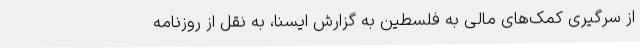
از سرگیری کمک‌های مالی به فلسطین به گزارش ایسنا، به نقل از روزنامه